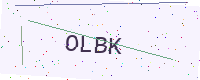
Text: OLBK